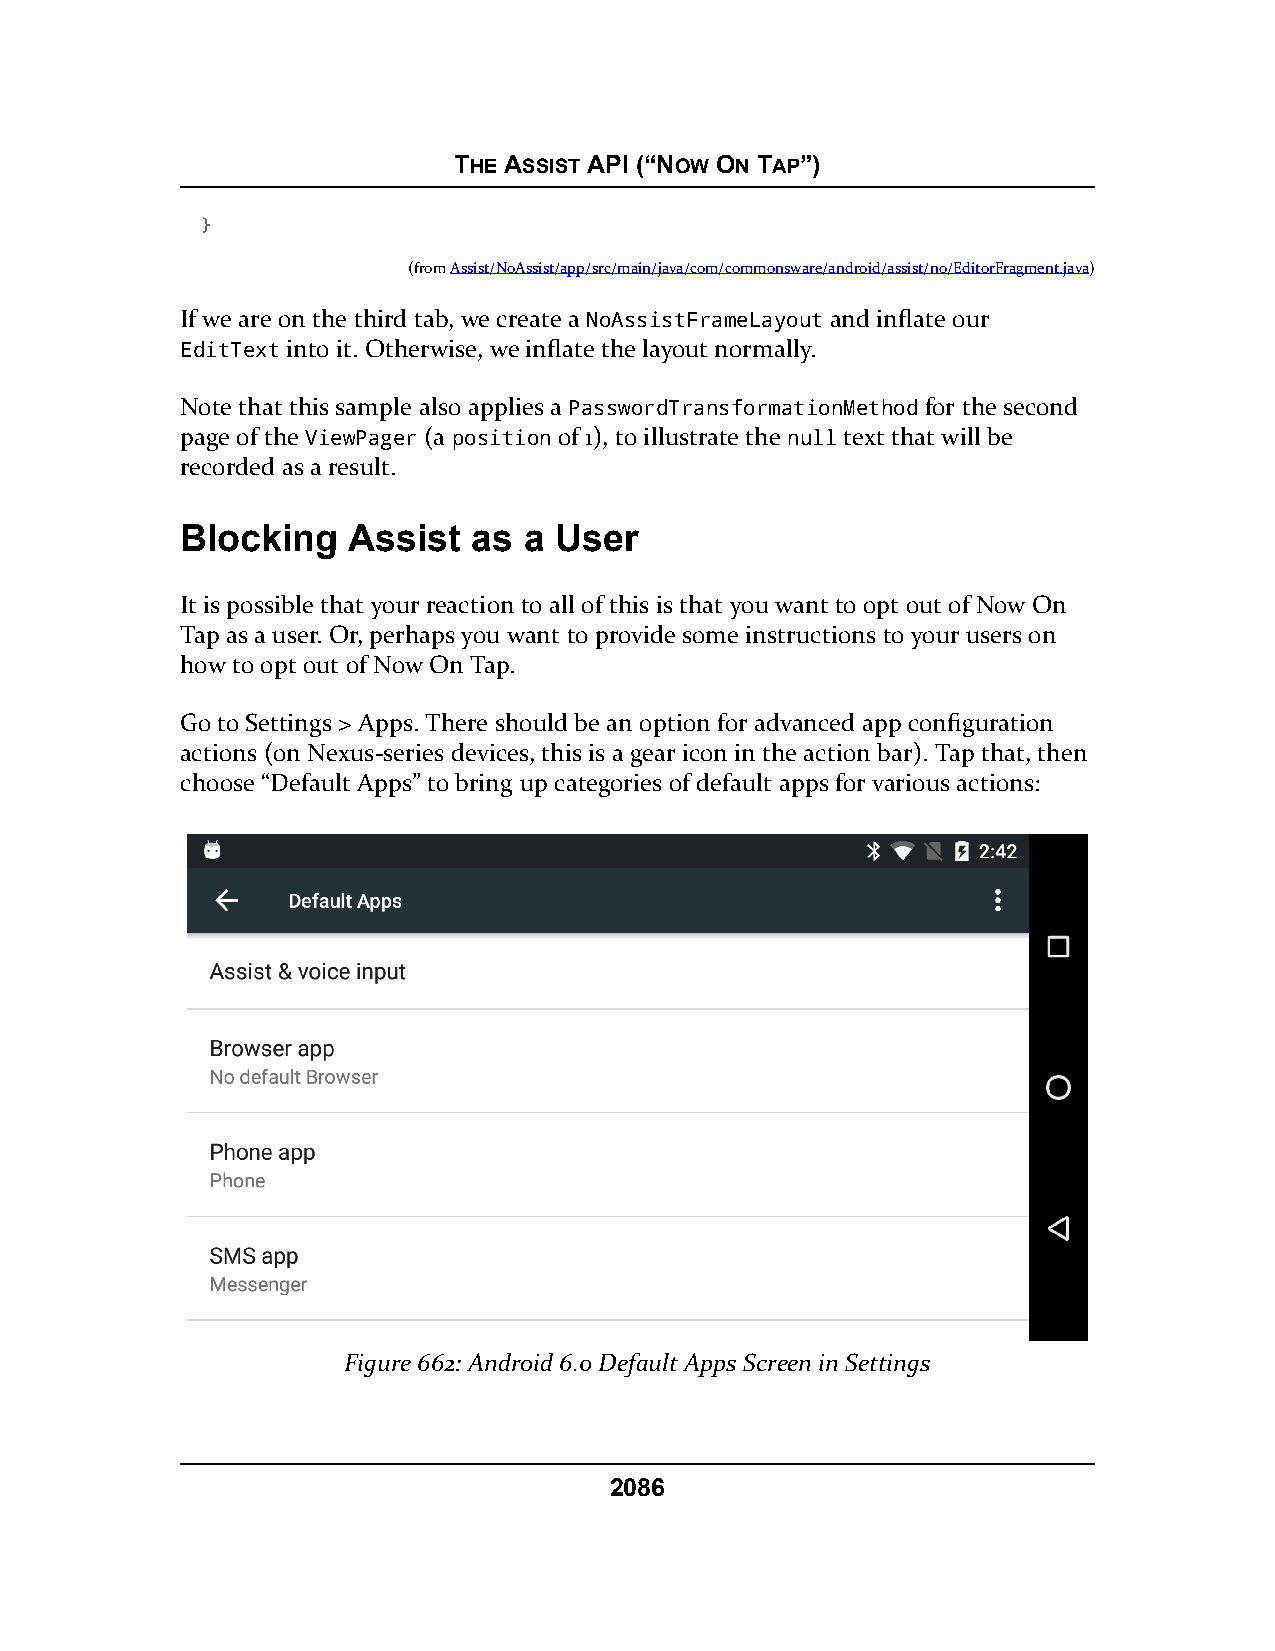
THE ASSIST API (“NOW ON TAP”)
 }
 (fromAssist/NoAssist/app/src/main/java/com/commonsware/android/assist/no/EditorFragment.java)
 If we are on the third tab, we create a NoAssistFrameLayout and inflate our
 EditText into it. Otherwise, we inflate the layout normally.
 Note that this sample also applies a PasswordTransformationMethod for the second
 page of the ViewPager (a position of 1), to illustrate the null text that will be
 recorded as a result.
 Blocking   Assist  as  a User
 It is possible that your reaction to all of this is that you want to opt out of Now On
 Tap as a user. Or, perhaps you want to provide some instructions to your users on
 how to opt out of Now On Tap.
 Go to Settings > Apps. There should be an option for advanced app configuration
 actions (on Nexus-series devices, this is a gear icon in the action bar). Tap that, then
 choose “Default Apps” to bring up categories of default apps for various actions:
 Figure 662: Android 6.0 Default Apps Screen in Settings
 2086